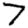
Digit: 7